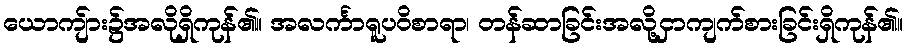
ယောကျ်ား၌အလိုရှိကုန်၏။ အလင်္ကာရူပဝိစာရာ၊ တန်ဆာခြင်းအလို့ငှာကျက်စားခြင်းရှိကုန်၏။